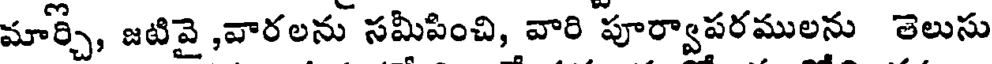
మార్చి, జటివై ,వారలను సమీపించి, వారి పూర్వాపరములను తెలుసు